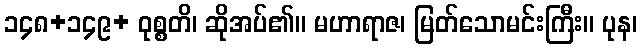
၁၄၈+၁၄၉+ ဝုစ္စတိ၊ ဆိုအပ်၏။ မဟာရာဇ၊ မြတ်သောမင်းကြီး။ ပုန၊